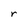
Character: r